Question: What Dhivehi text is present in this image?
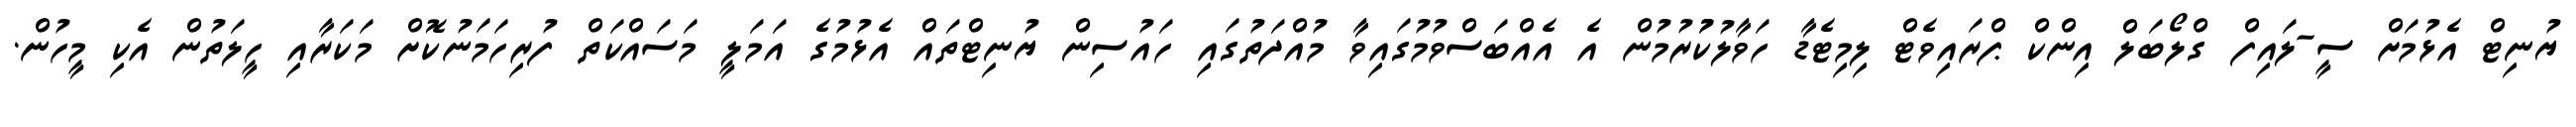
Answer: ޔުނިޓް އެޅުމަށް ސީ-ލައިފް ގްލޯބަލް އިންކް ޕްރައިވެޓް ލިމިޓެޑާ ހަވާލުކުުރުމުން އެ އެއްބަސްވުމުގައިވާ މުއްދަތުގައި ހައުސިން ޔުނިޓްތައް އެޅުމުގެ އަމަލީ މަސައްކަތް ފުރިހަމަނުކޮށް މަކަރާއި ހީލަތުން އެކި މީހުން.